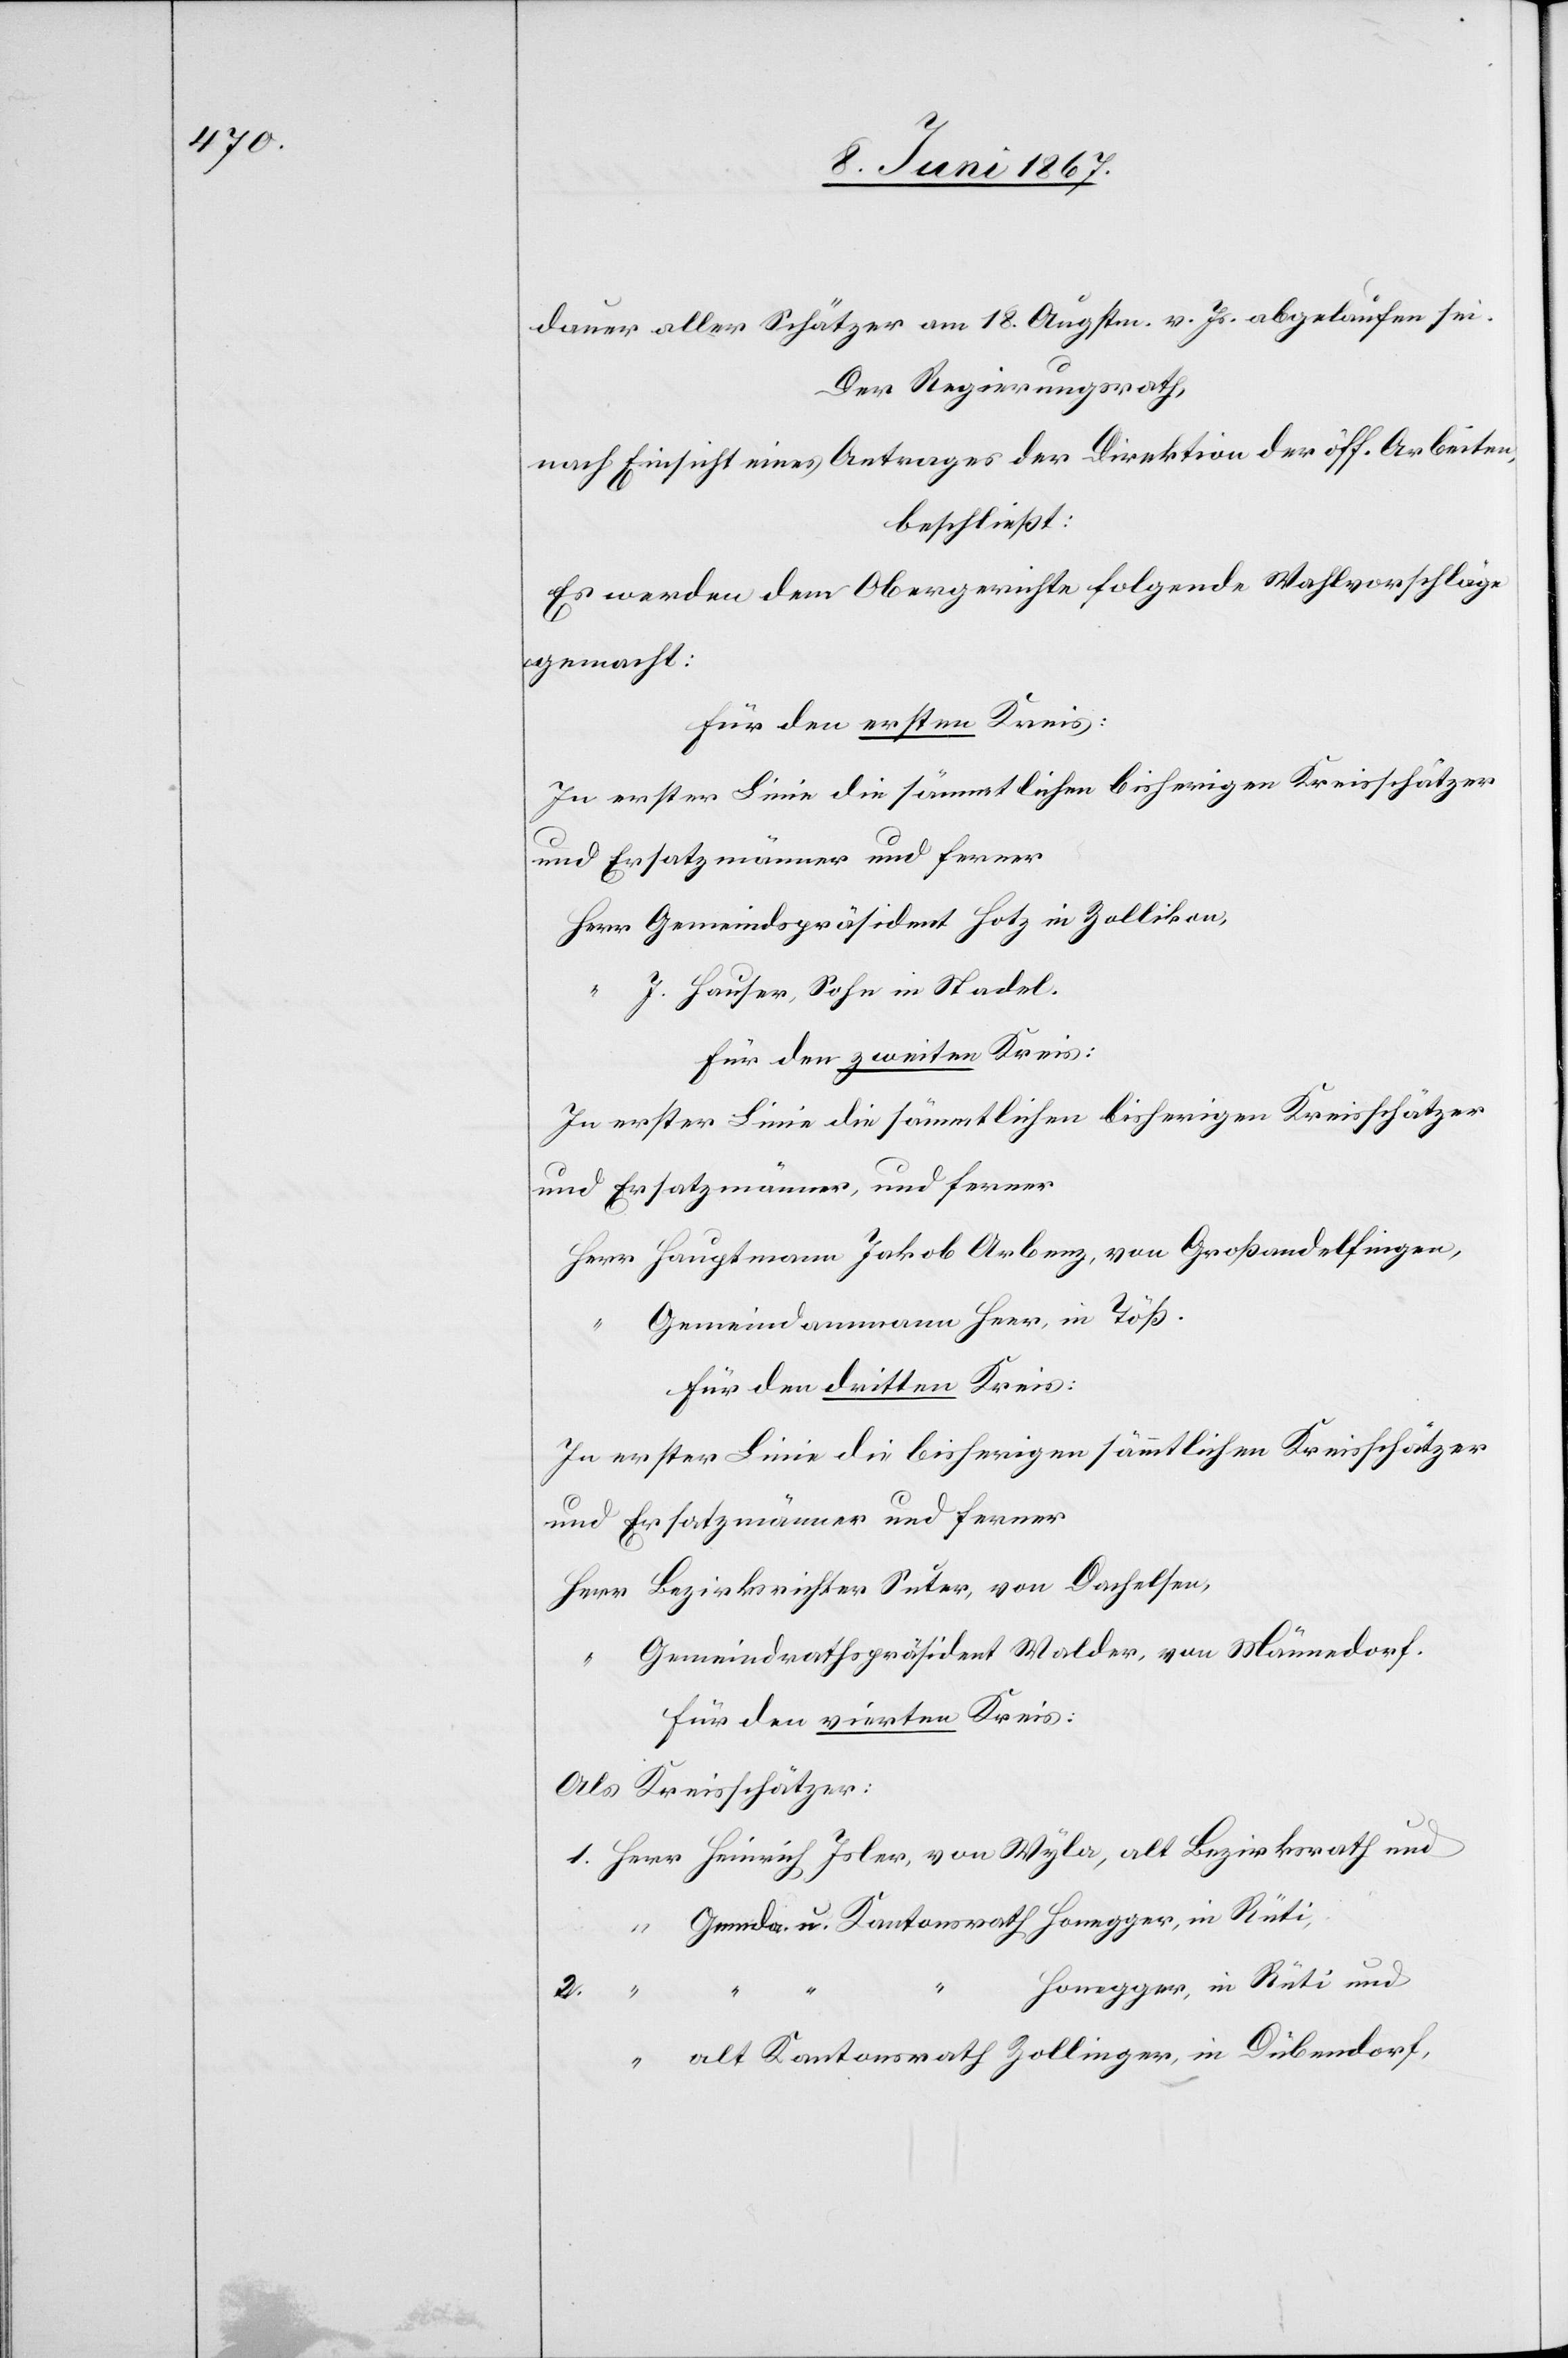
dauer aller Schätzer am 18. Augstm. v. Js. abgelaufen sei.
Der Regierungsrath,
nach Einsicht eines Antrages der Direktion der öff. Arbeiten,
beschließt:
Es werden dem Obergerichte folgende Wahlvorschläge
gemacht:
Für den ersten Kreis:
In erster Linie die sämmtlichen bisherigen Kreisschätzer
und Ersatzmänner und ferner
Herr Gemeindspräsident Hotz in Zollikon,
“ J. Hauser, Sohn in Stadel.
Für den zweiten Kreis:
In erster Linie die sämmtlichen bisherigen Kreisschätzer
und Ersatzmänner, und ferner
Herr Hauptmann Jakob Arbenz, von Großandelfingen,
Gemeindamman Heer, in Töß.
Für den dritten Kreis:
In erster Linie die bisherigen sämmtlichen Kreisschätzer
und Ersatzmänner und ferner
Herr Bezirksrichter Suter, von Dachelsen,
Gemeindrathspräsident Walder, von Männedorf.
Für den vierten Kreis:
Als Kreisschätzer:
1. Herr Heinrich Joler, von Wyla, alt Bezirksrath und
Gemde. u. Kantonsrath Honegger, in Rüti,
2.
Honegger, in Rüti und
“ alt Kantonsrath Zollinger, in Dübendorf,